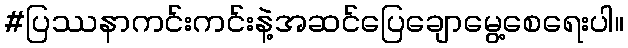
#ပြဿနာကင်းကင်းနဲ့အဆင်ပြေချောမွေ့စေရေးပါ။